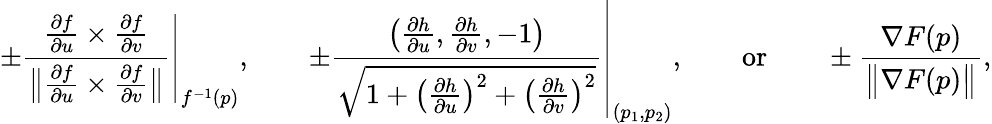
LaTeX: \pm\left.{\frac{{\frac{\partial f}{\partial u}}\times{\frac{\partial f}{\partial v}}}{{\big\| }{\frac{\partial f}{\partial u}}\times{\frac{\partial f}{\partial v}}{\big\| }}}\right|_{f^{-1}(p)},\qquad\pm\left.{\frac{{\big(}{\frac{\partial h}{\partial u}},{\frac{\partial h}{\partial v}},-1{\big)}}{\sqrt{1+{\big(}{\frac{\partial h}{\partial u}}{\big)}^{2}+{\big(}{\frac{\partial h}{\partial v}}{\big)}^{2}}}}\right|_{(p_{1},p_{2})},\qquad{\mathrm{or}}\qquad\pm{\frac{\nabla F(p)}{{\big\| }\nabla F(p){\big\| }}},